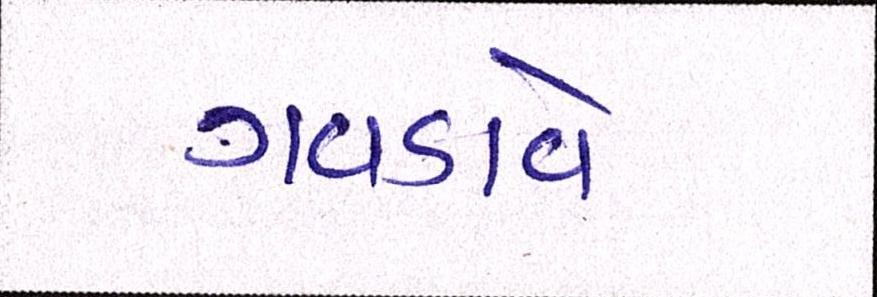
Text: ગવડાવે